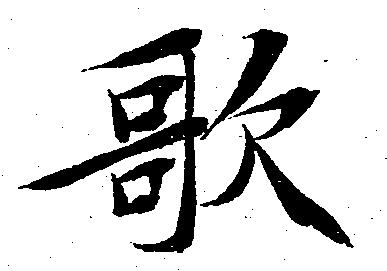
歌